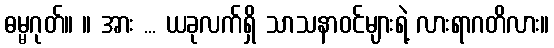
ဓမ္မဂုတ်။ ။ အား ... ယခုလက်ရှိ သာသနာဝင်များရဲ့ လားရာဂတိလား။